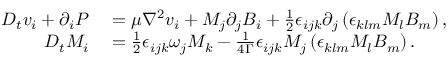
\begin{array} { r l } { D _ { t } v _ { i } + \partial _ { i } P } & { { } = \mu \nabla ^ { 2 } v _ { i } + M _ { j } \partial _ { j } B _ { i } + \frac { 1 } { 2 } \epsilon _ { i j k } \partial _ { j } \left( \epsilon _ { k l m } M _ { l } B _ { m } \right) , } \\ { D _ { t } M _ { i } } & { { } = \frac { 1 } { 2 } \epsilon _ { i j k } \omega _ { j } M _ { k } - \frac { 1 } { 4 \Gamma } \epsilon _ { i j k } M _ { j } \left( \epsilon _ { k l m } M _ { l } B _ { m } \right) . } \end{array}